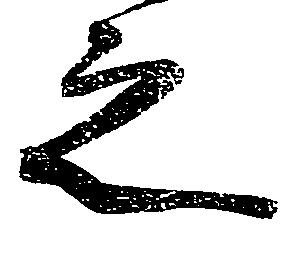
之